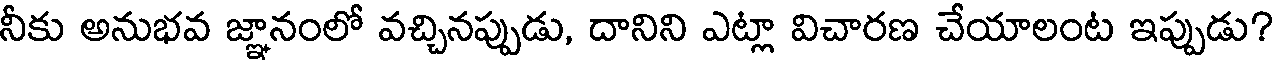
నీకు అనుభవ జ్ఞానంలో వచ్చినప్పుడు, దానిని ఎట్లా విచారణ చేయాలంట ఇప్పుడు?